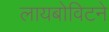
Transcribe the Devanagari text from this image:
लायबोविटने